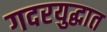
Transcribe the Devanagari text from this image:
गदरयुद्धात